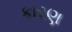
કારણ